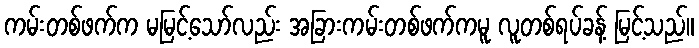
ကမ်းတစ်ဖက်က မမြင့်သော်လည်း အခြားကမ်းတစ်ဖက်ကမူ လူတစ်ရပ်ခန့် မြင့်သည်။